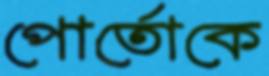
পোর্তোকে